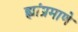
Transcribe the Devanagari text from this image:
ह्यांप्रमाणे